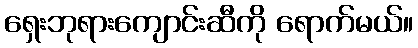
ရှေးဘုရားကျောင်းဆီကို ရောက်မယ်။